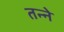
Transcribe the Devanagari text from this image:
तन्ने